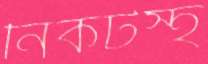
নিকটস্হ